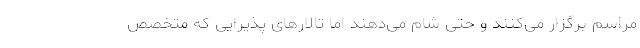
مراسم برگزار می‌کنند و حتی شام می‌دهند‌ اما تالارهای پذیرایی که متخصص